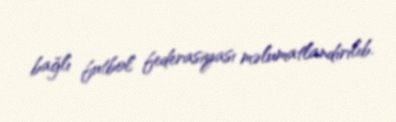
bağlı futbol federasiyası məlumatlandırılıb.